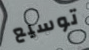
توسيع